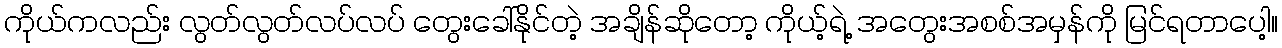
ကိုယ်ကလည်း လွတ်လွတ်လပ်လပ် တွေးခေါ်နိုင်တဲ့ အချိန်ဆိုတော့ ကိုယ့်ရဲ့ အတွေးအစစ်အမှန်ကို မြင်ရတာပေါ့။